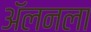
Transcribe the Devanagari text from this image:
अॅलनला